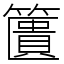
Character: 籄